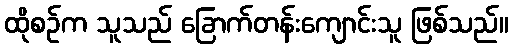
ထိုစဉ်က သူသည် ခြောက်တန်းကျောင်းသူ ဖြစ်သည်။